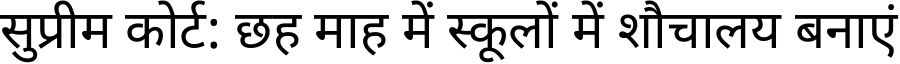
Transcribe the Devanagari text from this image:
सुप्रीम कोर्ट: छह माह में स्कूलों में शौचालय बनाएं